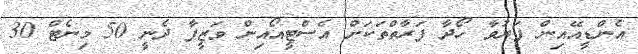
އެންޑީއޭއިން ފަރުވާ ހޯދާ ފަރާތްތަކަށް އެސްޓީއޯއިން ވަޒީފާ ދެނީ 50 މިނެޓް 30